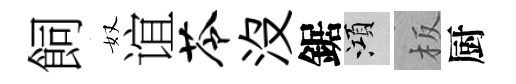
飼奴谊苓没鋸澒板厨